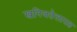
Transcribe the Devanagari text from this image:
खनिजतेलासह